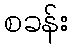
စခန်း